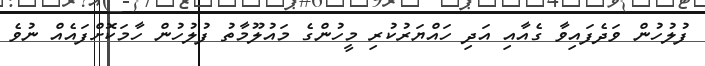
ފުލުހުން ވަދެފައިވާ ގެއާއި އަދި ހައްޔަރުކުރި މީހުންގެ މައުލޫމާތު ފުލުހުން ހާމަކޮށްފައެއް ނުވެ